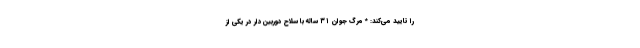
را تایید می‌کند: * مرگ جوان ۳۱ ساله با سلاح دوربین‌دار در یکی از